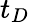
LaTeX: t_{D}